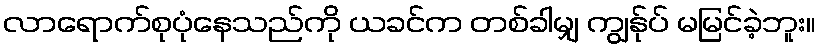
လာရောက်စုပုံနေသည်ကို ယခင်က တစ်ခါမျှ ကျွန်ုပ် မမြင်ခဲ့ဘူး။